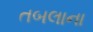
તબલાના